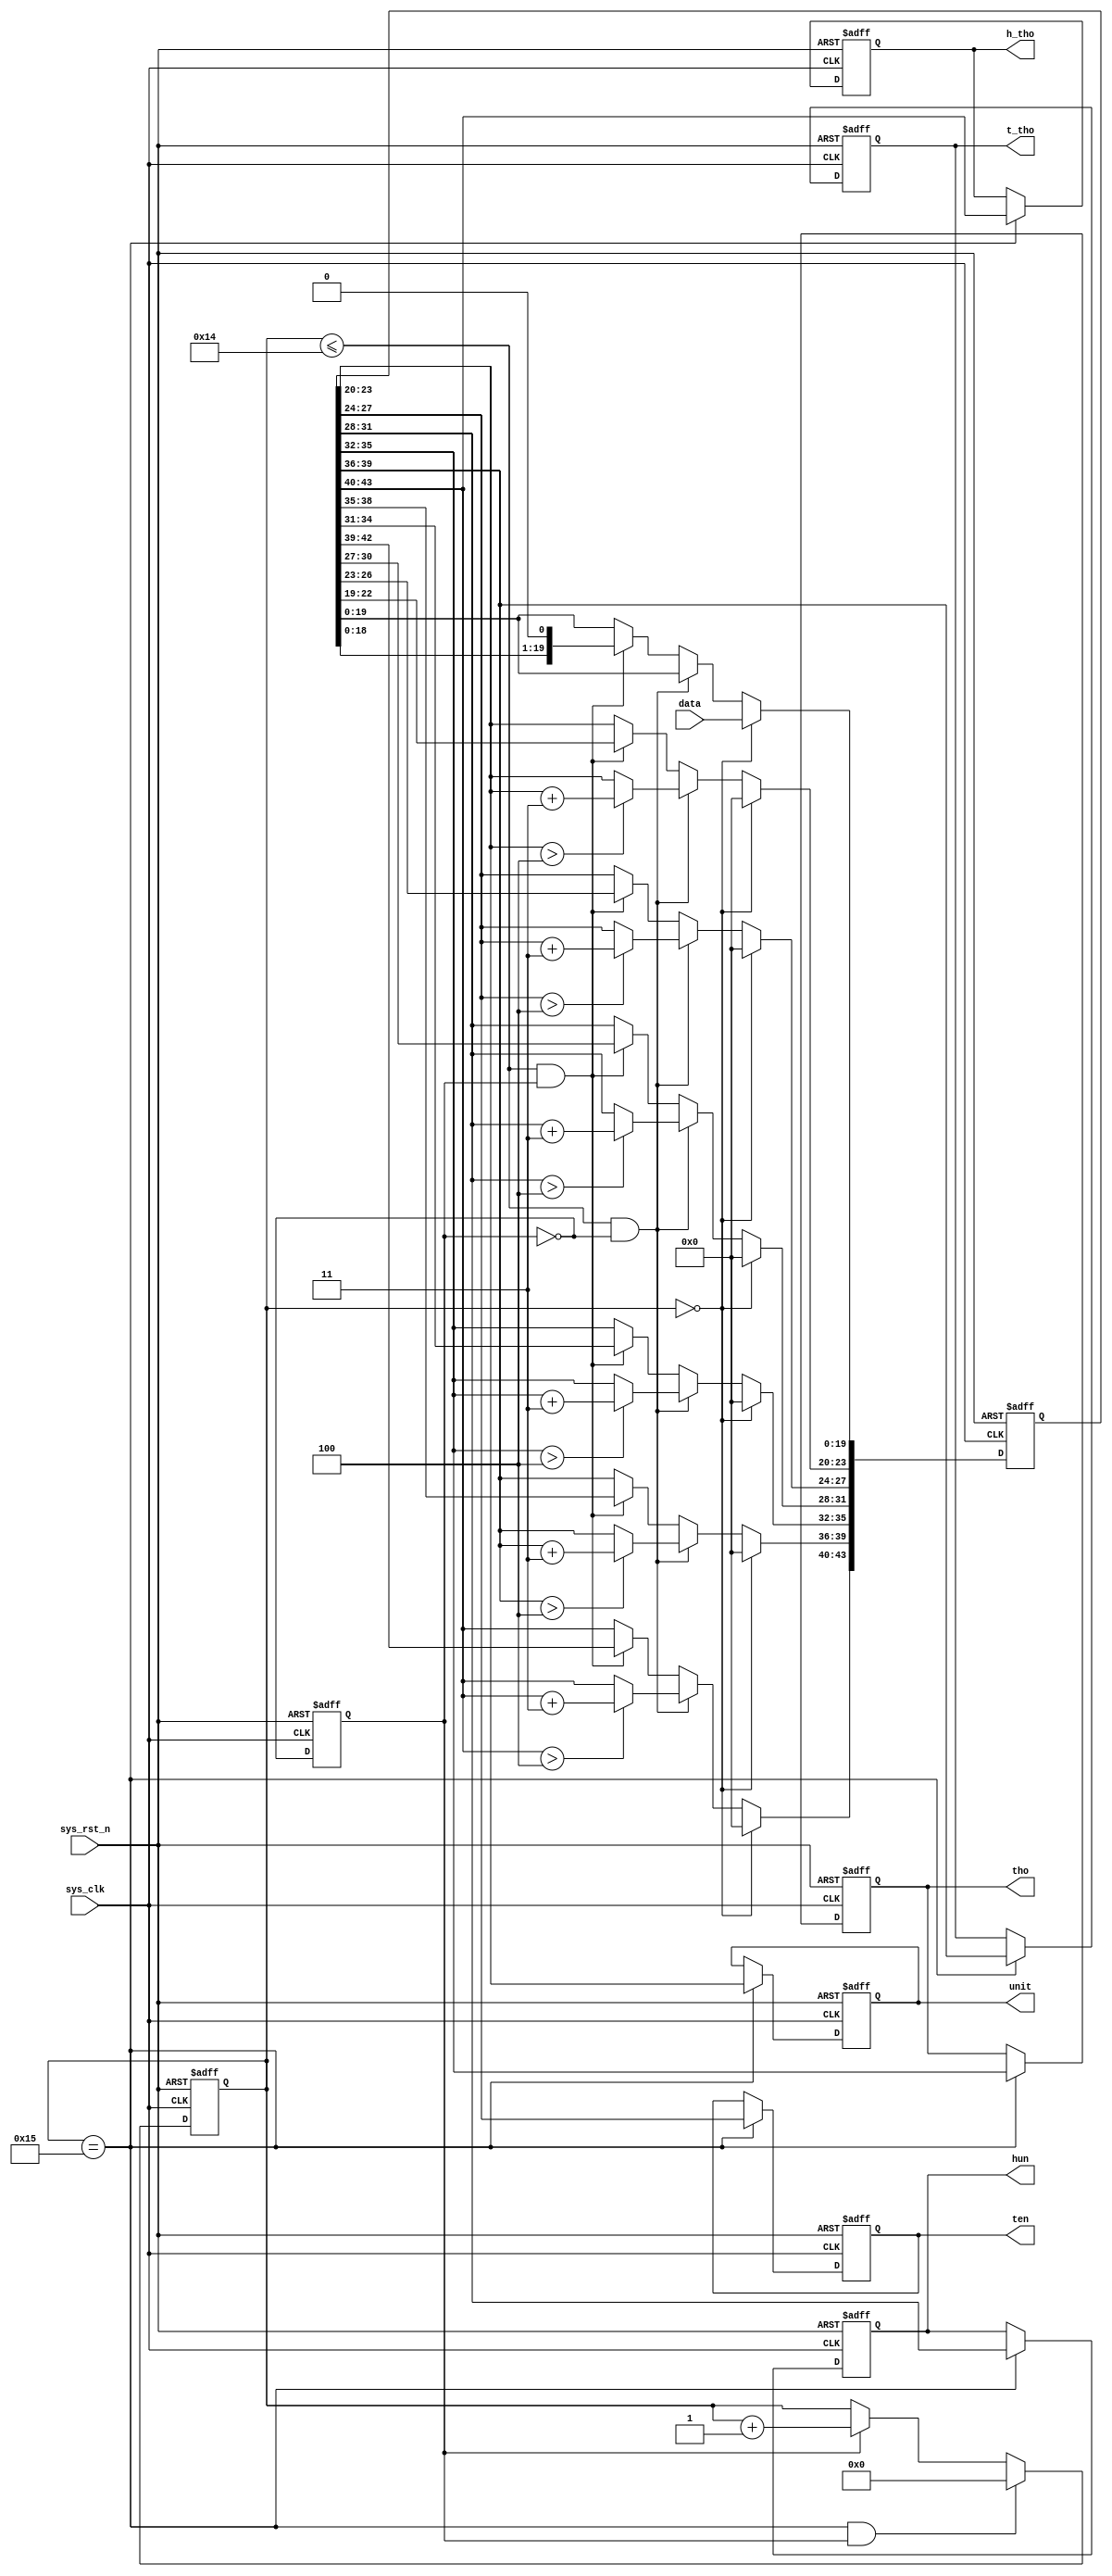
module bcd_8421
(
        input       wire            sys_clk,
        input       wire            sys_rst_n,
        input       wire    [19:0]  data,

        output      reg     [3:0]   unit,
        output      reg     [3:0]   ten,
        output      reg     [3:0]   hun,
        output      reg     [3:0]   tho,
        output      reg     [3:0]   t_tho,
        output      reg     [3:0]   h_tho
);

reg     [4:0]   cnt_shift;
reg     [43:0]  data_shift;
reg             shift_flag;

always@(posedge sys_clk or negedge sys_rst_n)
    if(sys_rst_n == 1'b0)
        cnt_shift <= 5'd0;
    else if ((cnt_shift == 5'd21)&&(shift_flag == 1'b1))
        cnt_shift <= 5'd0;
    else if (shift_flag == 1'b1)
            cnt_shift <= cnt_shift + 5'd1;
    else    cnt_shift <= cnt_shift;
always@(posedge sys_clk or negedge sys_rst_n)
    if(sys_rst_n == 1'b0)
        data_shift <= 44'b0;
    else if (cnt_shift == 5'd0) // give the first value
        data_shift <= {24'b0,data};
    else if ((cnt_shift <= 5'd20)&&(shift_flag == 1'b0)) // judging and calculate
        begin
        data_shift[23:20] <= (data_shift[23:20] > 4) ? (data_shift [23:20] + 2'd3) : (data_shift [23:20]);
        data_shift[27:24] <= (data_shift[27:24] > 4) ? (data_shift [27:24] + 2'd3) : (data_shift [27:24]);
        data_shift[31:28] <= (data_shift[31:28] > 4) ? (data_shift [31:28] + 2'd3) : (data_shift [31:28]);
        data_shift[35:32] <= (data_shift[35:32] > 4) ? (data_shift [35:32] + 2'd3) : (data_shift [35:32]);
        data_shift[39:36] <= (data_shift[39:36] > 4) ? (data_shift [39:36] + 2'd3) : (data_shift [39:36]);
        data_shift[43:40] <= (data_shift[43:40] > 4) ? (data_shift [43:40] + 2'd3) : (data_shift [43:40]);
        end
    else if ((cnt_shift <= 5'd20)&&(shift_flag == 1'b1)) // shift by left
        data_shift <= data_shift << 1;
    else
        data_shift <= data_shift;
        
always@(posedge sys_clk or negedge sys_rst_n)
    if(sys_rst_n == 1'b0)
        shift_flag <= 1'b0;
    else
        shift_flag <= ~shift_flag;

always@(posedge sys_clk or negedge sys_rst_n)
    if(sys_rst_n == 1'b0)
        begin
            unit <= 4'b0;
            ten  <= 4'b0;
            hun  <= 4'b0;
            tho  <= 4'b0;
            t_tho<= 4'b0;
            h_tho<= 4'b0;
        end
    else if (cnt_shift == 5'd21) // already shifted, being output data.
        begin
            unit <= data_shift [23:20];
            ten  <= data_shift [27:24];
            hun  <= data_shift [31:28];
            tho  <= data_shift [35:32];
            t_tho<= data_shift [39:36];
            h_tho<= data_shift [43:40];
        end
/*  else  in sequential logic can ignore this.
        begin
            unit <= unit ;
            ten  <= ten  ;
            hun  <= hun  ;
            tho  <= tho  ;
            t_tho<= t_tho;
            h_tho<= h_tho;
        end */

endmodule